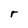
Character: r